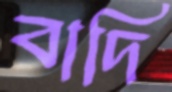
বাদি